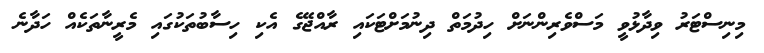
މިނިސްޓަރު ވިދާޅުވީ މަސްވެރިންނަށް ހިދުމަތް ދިނުމަށްޓަކައި ރާއްޖޭގެ އެކި ހިސާބުތަކުގައި މެރީނާތަކެއް ހަދާނެ